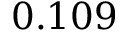
0 . 1 0 9